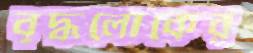
বৃদ্ধলোকের